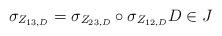
LaTeX: \begin{align*}\sigma_{Z_{13,D}}=\sigma_{Z_{23,D}}\circ \sigma_{Z_{12,D}} D\in J\end{align*}